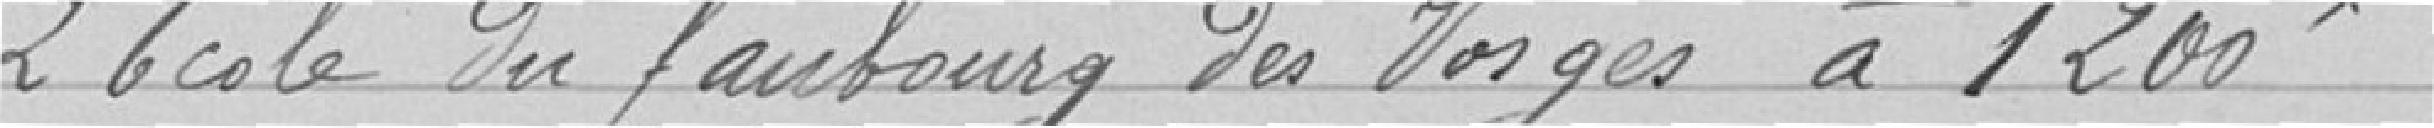
2 Ecole du faubourg des Vosges à 1200